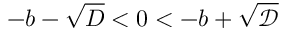
- b - \sqrt { D } < 0 < - b + \sqrt { \mathcal { D } }